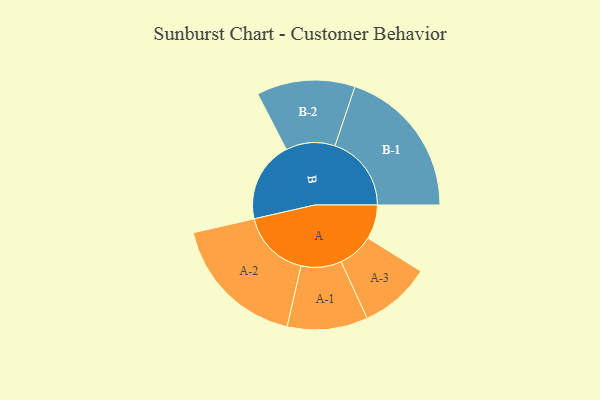
{"axis": {"x": "Segment", "y": "Value"}, "legend": ["", "A", "B"], "data": [{"x": "A", "y": 131, "type": ""}, {"x": "B", "y": 309, "type": ""}, {"x": "A-1", "y": 154, "type": "A"}, {"x": "A-2", "y": 263, "type": "A"}, {"x": "A-3", "y": 136, "type": "A"}, {"x": "B-1", "y": 292, "type": "B"}, {"x": "B-2", "y": 188, "type": "B"}]}